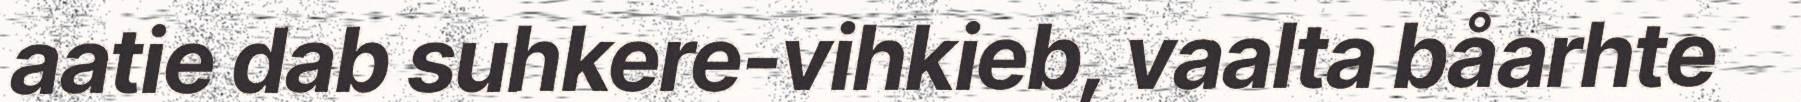
aatie dab suhkere-vihkieb, vaalta båarhte